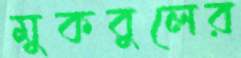
মুকবুলের